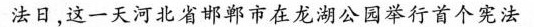
法日，这一天河北省邯郸市在龙湖公园举行首个宪法